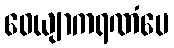
ဝေယျာကရဏံပေ